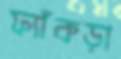
ফ্যাঁকড়া